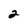
Character: 2